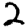
Digit: 2